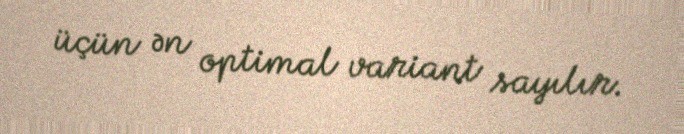
üçün ən optimal variant sayılır.